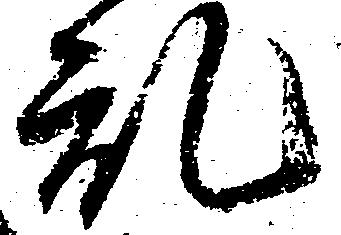
乱